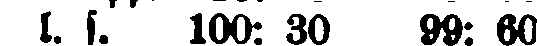
l. s. 100: 30 99: 60